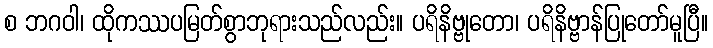
စ ဘဂဝါ၊ ထိုကဿပမြတ်စွာဘုရားသည်လည်း။ ပရိနိဗ္ဗုတော၊ ပရိနိဗ္ဗာန်ပြုတော်မူပြီ။